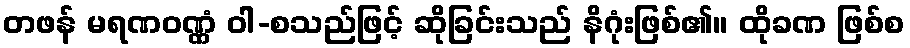
တဖန် မရဏဝဏ္ဏံ ဝါ-စသည်ဖြင့် ဆိုခြင်းသည် နိဂုံးဖြစ်၏။ ထိုခဏ ဖြစ်စ